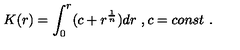
K ( r ) = \int _ { 0 } ^ { r } ( c + r ^ { \frac { 1 } { n } } ) d r \ , c = c o n s t \ .